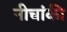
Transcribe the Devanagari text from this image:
नीचांकी